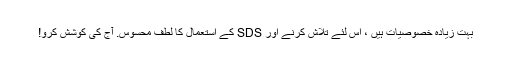
بہت زیادہ خصوصیات ہیں ، اس لئے تلاش کرنے اور SDS کے استعمال کا لطف محسوس. آج کی کوشش کرو!